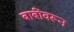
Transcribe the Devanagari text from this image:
बाबींवरून